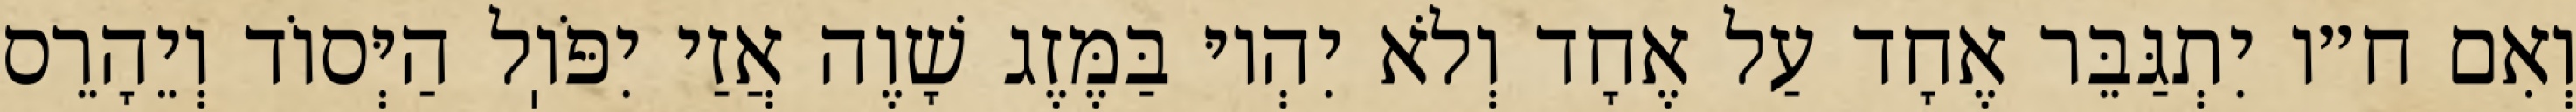
וְאִם ח״ו יִתְגַּבֵּר אֶחָד עַל אֶחָד וְלֹא יִהְיוּ בַּמֶּזֶג שָׁוֶה אֲזַי יִפֹּוֽל הַיְּסוֹד וְיֵהָרֵס